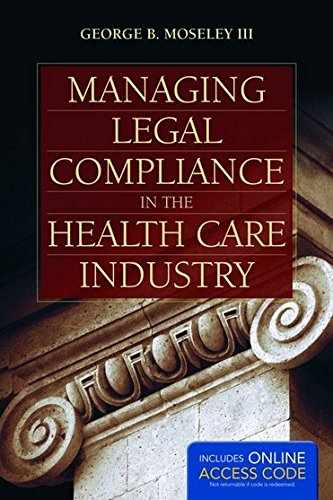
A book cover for Managing Legal Compliance In The Health Care Industry; George B. Moseley III; Law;